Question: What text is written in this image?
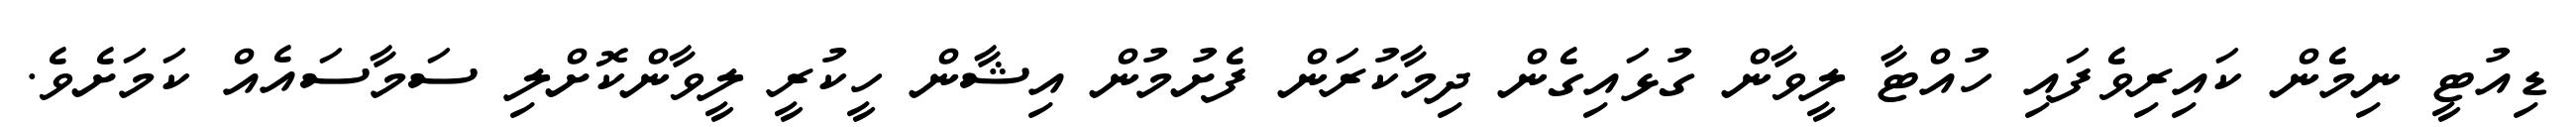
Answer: ޑިއުޓީ ނިމެން ކައިރިވެފައި ހުއްޓާ ލީވާން ގުޅައިގެން ދިމާކުރަން ފެށުމުން އިޝާން ހީކުރީ ލީވާންކޮށްލި ސަމާސައެއް ކަމަށެވެ.